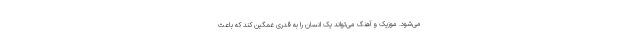
می‌شود. موزیک و آهنگ می‌تواند یک انسان را به قدری غمگین کند که باعث